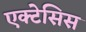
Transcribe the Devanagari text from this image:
एक्टेसिस